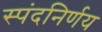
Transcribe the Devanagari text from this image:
स्पंदनिर्णय